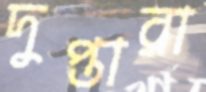
দুপ্তারা